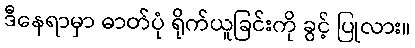
ဒီနေရာမှာ ဓာတ်ပုံ ရိုက်ယူခြင်းကို ခွင့် ပြုလား။